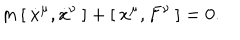
m \, [ \: \dot { x } ^ { \mu } , \dot { x } ^ { \nu } \: ] + [ \: x ^ { \mu } , F ^ { \nu } \: ] = 0 .